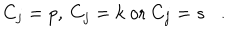
\; \; C _ { j } = p , \: C _ { j } = k { \mathrm { ~ o r ~ } } C _ { j } = s .